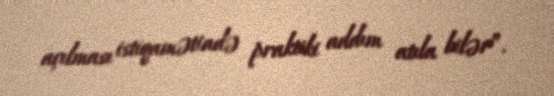
açılması istiqamətində praktiki addım atıla bilər”.